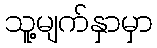
သူ့မျက်နှာမှာ